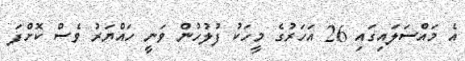
އެ މައްސަލައިގައި 26 އަހަރުގެ މީހަކު ފުލުހުން ވަނީ ހައްޔަރު ވެސް ކޮށްފަ